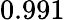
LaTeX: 0.991